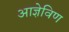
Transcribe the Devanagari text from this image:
आज्ञेविण